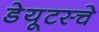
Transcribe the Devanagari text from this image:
डेयूटस्चे